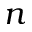
n